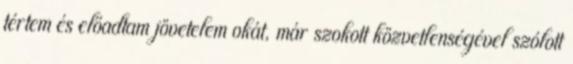
tértem és előadtam jövetelem okát, már szokott közvetlenségével szólott